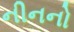
નીનનો